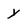
Character: y